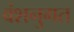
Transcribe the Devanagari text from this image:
वंशनुगत